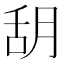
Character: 䑚